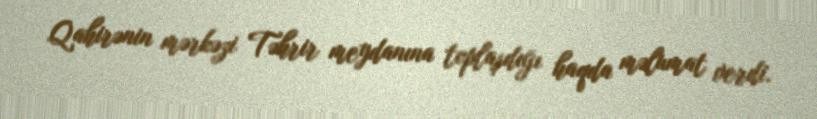
Qahirənin mərkəzi Təhrir meydanına toplaşdığı haqda məlumat verdi.